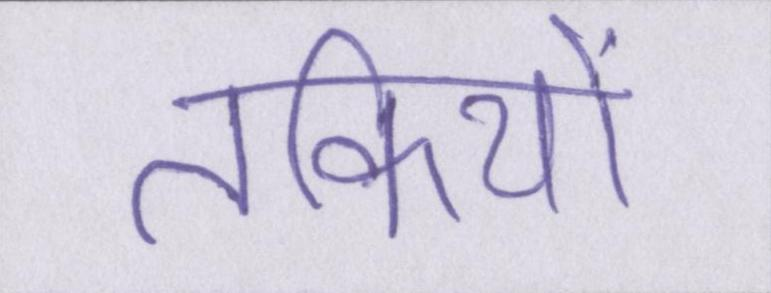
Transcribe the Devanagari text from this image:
तकियों